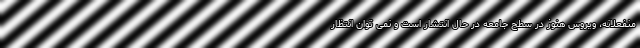
منفعلانه، ویروس هنوز در سطح جامعه در حال انتشار است و نمی توان انتظار